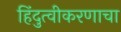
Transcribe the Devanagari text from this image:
हिंदुत्वीकरणाचा